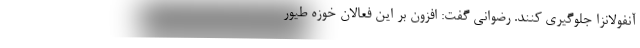
آنفولانزا جلوگیری کنند. رضوانی گفت: افزون بر این فعالان خوزه طیور